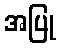
အပြု